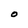
Character: O